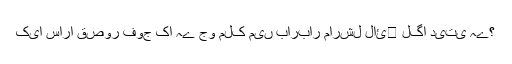
کیا سارا قصور فوج کا ہے جو ملک میں باربار مارشل لائ￿ لگا دیتی ہے؟